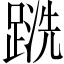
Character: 𲃹